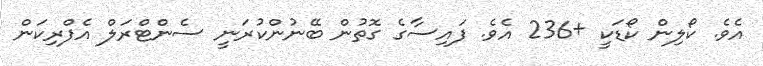
އެވެ. ކޯލިން ކޯޑަކީ +236 އެވެ. ފައިސާގެ ގޮތުން ބޭނުންކުރަނީ ސެންޓްރަލް އެފްރިކަން